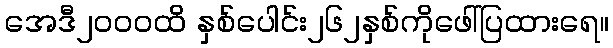
အေဒီ၂၀၀၀ထိ နှစ်ပေါင်း၂၆၂နှစ်ကိုဖေါ်ပြထားရေ။